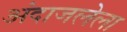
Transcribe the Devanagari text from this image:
अंदाजलेला